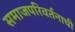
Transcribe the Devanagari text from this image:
समाजपरिवर्तनाची